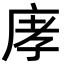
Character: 庨